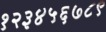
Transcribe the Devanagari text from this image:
१२३४५६७८९